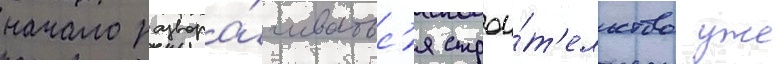
начало развора́чиватьс'я строи́т'ельство уже